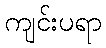
ကျင်းပရာ